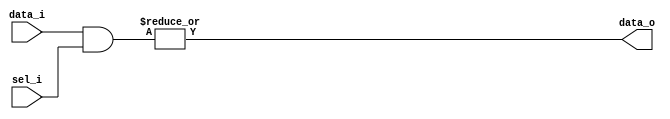
module onehot_mux (
	sel_i,
	data_i,
	data_o
);
	parameter [31:0] SOURCE_COUNT = 2;
	parameter [31:0] DATA_WIDTH = 1;
	input wire [SOURCE_COUNT - 1:0] sel_i;
	input wire [(SOURCE_COUNT * DATA_WIDTH) - 1:0] data_i;
	output wire [DATA_WIDTH - 1:0] data_o;
	wire [(DATA_WIDTH * SOURCE_COUNT) - 1:0] trans_data;
	wire [(DATA_WIDTH * SOURCE_COUNT) - 1:0] select_mat;
	genvar i;
	generate
		for (i = 0; i < DATA_WIDTH; i = i + 1) begin : genblk1
			genvar j;
			for (j = 0; j < SOURCE_COUNT; j = j + 1) begin : genblk1
				assign trans_data[(i * SOURCE_COUNT) + j] = data_i[(j * DATA_WIDTH) + i];
			end
		end
		for (i = 0; i < DATA_WIDTH; i = i + 1) begin : genblk2
			assign select_mat[i * SOURCE_COUNT+:SOURCE_COUNT] = trans_data[i * SOURCE_COUNT+:SOURCE_COUNT] & sel_i;
			assign data_o[i] = |select_mat[i * SOURCE_COUNT+:SOURCE_COUNT];
		end
	endgenerate
endmodule